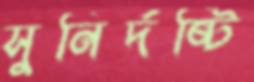
সুনির্দষ্টি